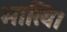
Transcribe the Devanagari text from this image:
भाखि।